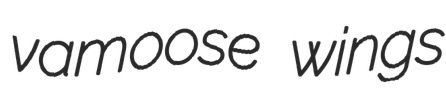
vamoose wings